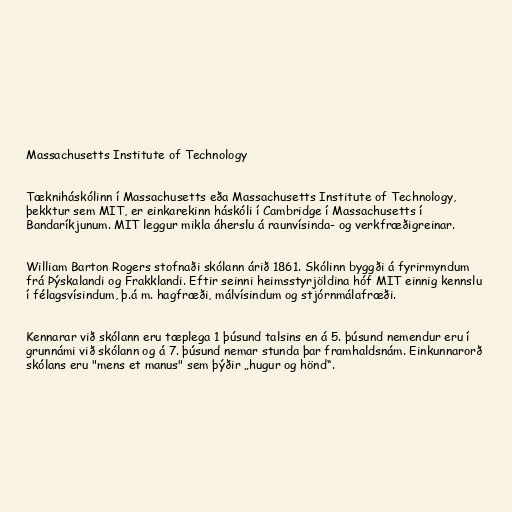
Massachusetts Institute of Technology

Tækniháskólinn í Massachusetts eða Massachusetts Institute of Technology,
þekktur sem MIT, er einkarekinn háskóli í Cambridge í Massachusetts í
Bandaríkjunum. MIT leggur mikla áherslu á raunvísinda- og verkfræðigreinar.

William Barton Rogers stofnaði skólann árið 1861. Skólinn byggði á fyrirmyndum
frá Þýskalandi og Frakklandi. Eftir seinni heimsstyrjöldina hóf MIT einnig kennslu
í félagsvísindum, þ.á m. hagfræði, málvísindum og stjórnmálafræði.

Kennarar við skólann eru tæplega 1 þúsund talsins en á 5. þúsund nemendur eru í
grunnámi við skólann og á 7. þúsund nemar stunda þar framhaldsnám. Einkunnarorð
skólans eru "mens et manus" sem þýðir „hugur og hönd“.